Report on malaria in the Punjab during the year ...  together with an account of the work of the Punjab Malaria Bureau - Volume 1
Disease focus: Malaria
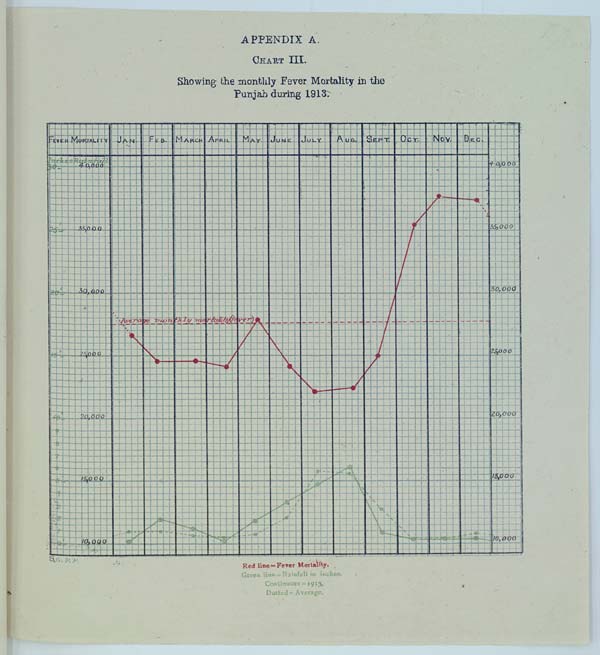
APPENDIX A.
CHART III.
Showing the monthly Fever Mortality in the
Punjab during 1913.
Red line = Fever Mortality.
Green line = Rainfall in inches.
Continuous = 19l3.
Dotted = Average.